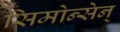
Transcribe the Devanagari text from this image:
सिमोन्सेन्